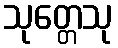
သုတ္တေသု